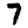
Digit: 7